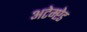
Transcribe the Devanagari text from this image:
अटेम्प्टेड